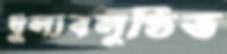
ধুল্যবলুণ্ঠিত